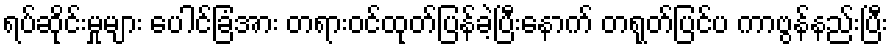
ရပ်ဆိုင်းမှုများ ပေါင်ခြံအား တရားဝင်ထုတ်ပြန်ခဲ့ပြီးနောက် တရုတ်ပြင်ပ ကာဗွန်နည်းပြီး